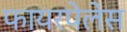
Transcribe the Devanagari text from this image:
फायरपेलेस